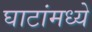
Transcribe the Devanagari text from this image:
घाटांमध्ये